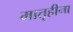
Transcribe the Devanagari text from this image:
मातृहीना